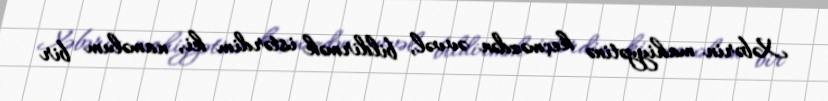
Xəbərin mahiyyətinə keçməzdən əvvəl, bildirmək istərdim ki, naməlum bir